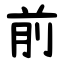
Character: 前